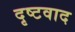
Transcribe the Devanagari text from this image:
दृष्टवाद